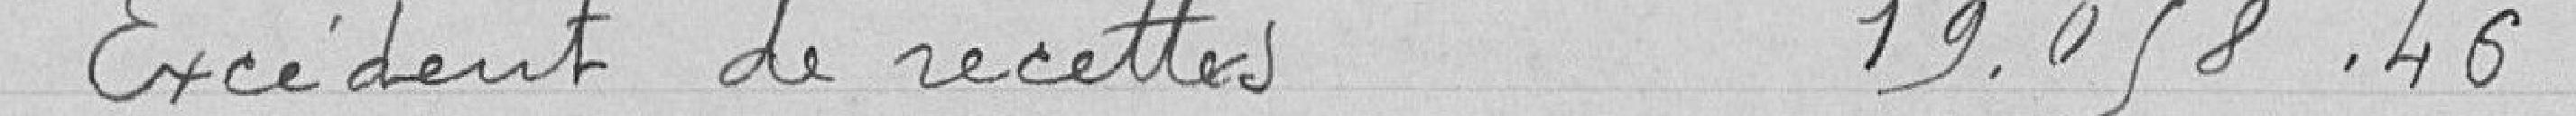
Excédent de recettes 19 058, 46